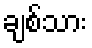
ချစ်သား